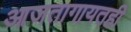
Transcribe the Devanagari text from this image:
आजतागायतही